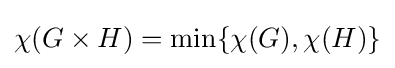
\chi (G\times H)=\min\{\chi (G),\chi (H)\}